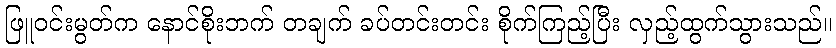
ဖြူဝင်းမွတ်က နောင်စိုးဘက် တချက် ခပ်တင်းတင်း စိုက်ကြည့်ပြီး လှည့်ထွက်သွားသည်။